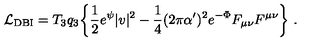
{ \cal L } _ { \mathrm { D B I } } = T _ { 3 } q _ { 3 } \biggl \{ \frac { 1 } { 2 } e ^ { \psi } { | v | ^ { 2 } } - \frac { 1 } { 4 } ( 2 \pi \alpha ^ { \prime } ) ^ { 2 } e ^ { - \Phi } { F _ { \mu \nu } F ^ { \mu \nu } \biggr \} \ . }